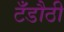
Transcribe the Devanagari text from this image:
टँडौठी